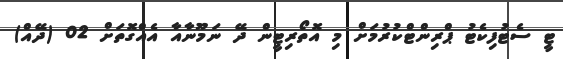
ޓީ ސެޓުފިކެޓު ޕްރިންޓްކުރުމަށް މި އޮތޯރިޓީން ދޭ ނަމޫނާއާ އެއްގޮތަށް 02 (ދޭއް)